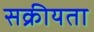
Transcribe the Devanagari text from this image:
सक्रीयता